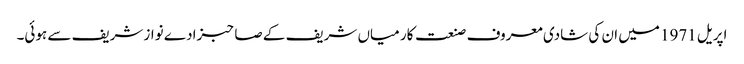
اپریل 1971 میں ان کی شادی معروف صنعت کار میاں شریف کے صاحبزادے نواز شریف سے ہوئی۔